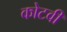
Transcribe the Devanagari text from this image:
कोटवी